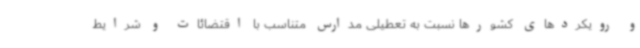
و رویکردهای کشورها نسبت به تعطیلی مدارس متناسب با اقتضائات و شرایط